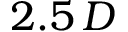
2 . 5 \, D